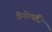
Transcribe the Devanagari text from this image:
प्रेमोत्पत्ति